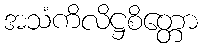
အသံကိလိဋ္ဌစိတ္တော